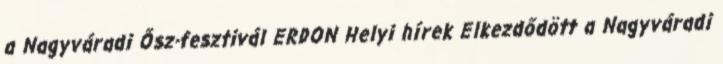
a Nagyváradi Ősz-fesztivál ERDON Helyi hírek Elkezdődött a Nagyváradi